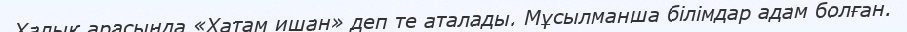
Халық арасында «Хатам ишан» деп те аталады. Мұсылманша білімдар адам болған.